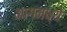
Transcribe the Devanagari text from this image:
भागमध्ये